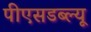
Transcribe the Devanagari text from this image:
पीएसडब्ल्यू